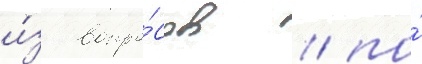
и́з вопро́сов / по́